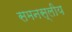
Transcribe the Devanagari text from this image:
समनस्लीय